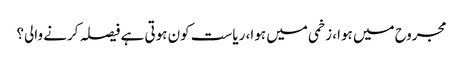
مجروح میں ہوا، زخمی میں ہوا، ریاست کون ہوتی ہے فیصلہ کرنے والی؟